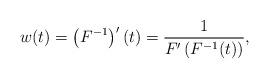
LaTeX: \begin{align*} w(t) = \left( F^{-1} \right)'(t) = \frac{1}{F'\left(F^{-1}(t) \right)}, \end{align*}